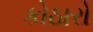
કોઠારો